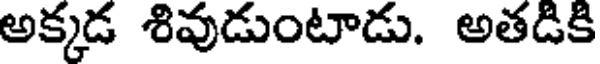
అక్కడ శివుడుంటాడు. అతడికి